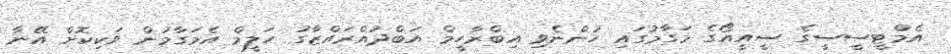
އެމްޓީސީސީގެ ސީއީއޯގެ މަގާމުގައި ހުންނެވި އިބްރާހީމް އަބްދުއްރައްޒާގު ހަލީމް އެމަގާމުން ވަކިކޮށް އޭނާ